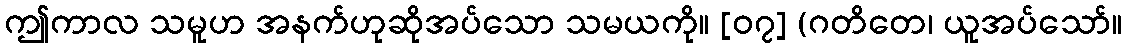
ဤကာလ သမူဟ အနက်ဟုဆိုအပ်သော သမယကို။ [၀၇] (ဂတိတေ၊ ယူအပ်သော်။